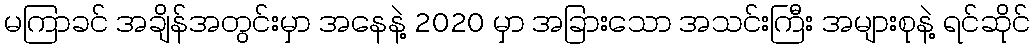
မကြာခင် အချိန်အတွင်းမှာ အနေနဲ့ 2020 မှာ အခြားသော အသင်းကြီး အများစုနဲ့ ရင်ဆိုင်